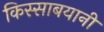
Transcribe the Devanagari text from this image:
किस्साबयानी